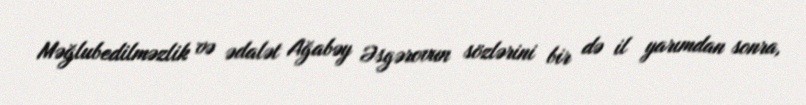
Məğlubedilməzlik və ədalət Ağabəy Əsgərovun sözlərini bir də il yarımdan sonra,